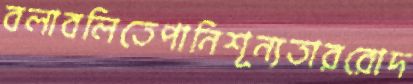
বলাবলিতেপানিশূন্যতাররোদ